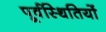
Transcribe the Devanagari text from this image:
पूर्वस्थितियों